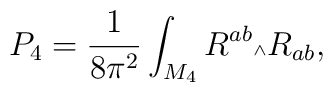
P_4 = \frac{1}{8\pi^2}\int_{M_4}R^{ab}{\mbox{\tiny $\wedge$}}R_{ab},